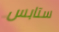
ستابس